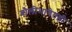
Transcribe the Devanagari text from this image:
बोलीभाषेतही